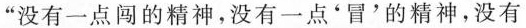
”没有一点闯的精神，没有一点'冒'的精神，没有